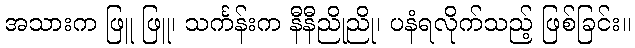
အသားက ဖြူ ဖြူ၊ သင်္ကန်းက နီနီညိုညို၊ ပနံရလိုက်သည့် ဖြစ်ခြင်း။